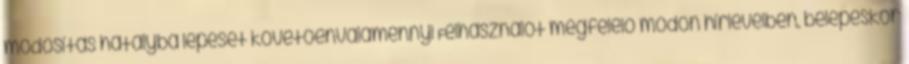
módosítás hatályba lépését követőenvalamennyi Felhasználót megfelelő módon hírlevélben, belépéskor